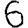
Digit: 6